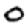
Digit: 0